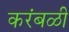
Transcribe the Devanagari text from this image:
करंबळी